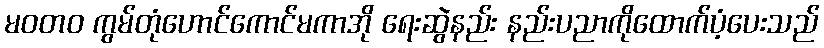
မဝတ၀ ကွမ်တုံဟောင်ကောင်မကာအို ရေးဆွဲနည်း နည်းပညာကိုထောက်ပံ့ပေးသည်